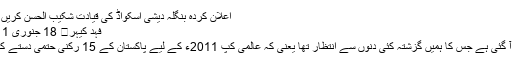
اعلان کردہ بنگلہ دیشی اسکواڈ کی قیادت شکیب الحسن کریں گے…
فہد کیہر	 18 جنوری 2011 5
وہ خبر آ گئی ہے جس کا ہمیں گزشتہ کئی دنوں سے انتظار تھا یعنی کہ عالمی کپ 2011ء کے لیے پاکستان کے 15 رکنی حتمی دستے کا اعلان۔